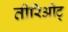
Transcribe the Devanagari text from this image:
तीरिओट्